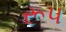
રૂપ